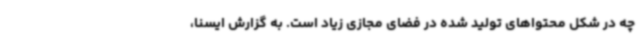
چه در شکل محتواهای تولید شده در فضای مجازی زیاد است. به گزارش ایسنا،